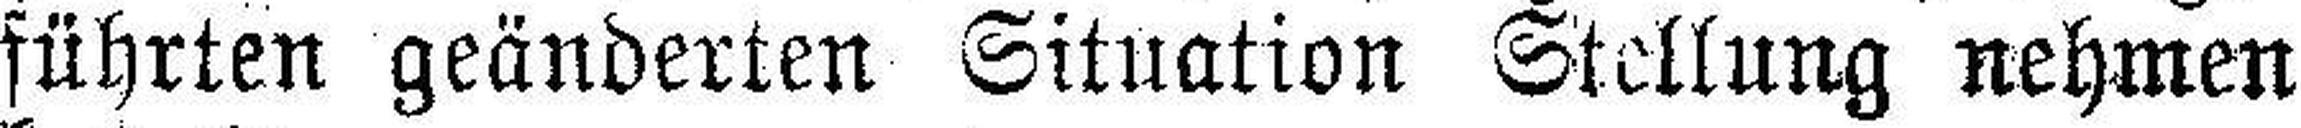
führten geänderten Situation Stellung nehmen